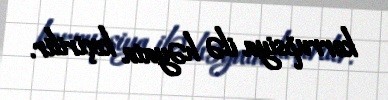
korrupsiya ilə həyata keçirilir.